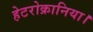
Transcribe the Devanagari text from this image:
हेटरोक्रानिया।